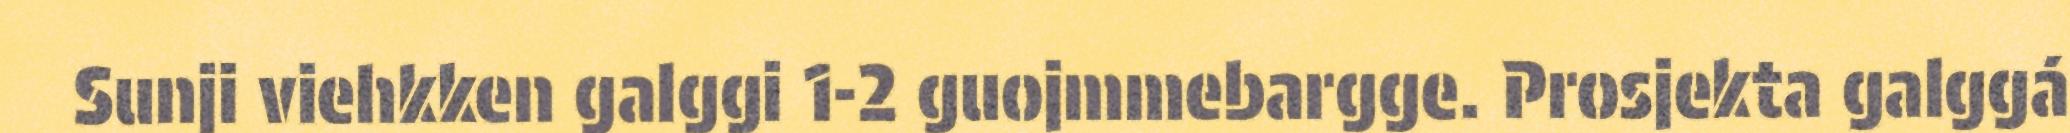
Sunji viehkken galggi 1-2 guojmmebargge. Prosjekta galggá